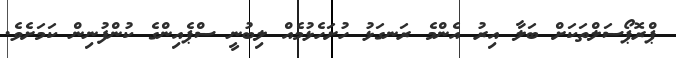
ޕްރޮޕޯސަލްތަކަށް ބަލާ އިރު އެންމެ ރަނގަޅު ހުށަހެޅުމެއް ލިބުނީ ސްޕެއިންގެ ކުންފުނިން ކަމަށެވެ.